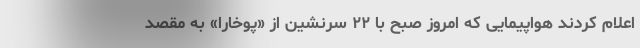
اعلام کردند هواپیمایی که امروز صبح با ۲۲ سرنشین از «پوخارا» به مقصد